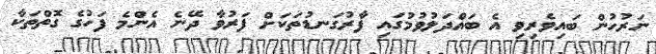
ނަރުހުން ބައިވެރިވި އެ ބައްދަލުވުމުގައި ފާރުގަނޑުތަކަށް ފަރުވާ ދޭނެ އެންމެ ފަހުގެ ގޮތްތަކާ